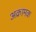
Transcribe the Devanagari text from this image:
अक्रामक